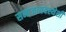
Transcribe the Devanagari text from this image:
समाजव्यवस्थेशी